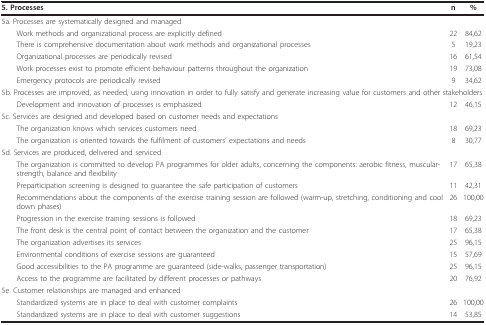
<table><thead><tr><td><b>5. Processes</b></td><td><b>n</b></td><td><b>%</b></td></tr></thead><tbody><tr><td>5a. Processes are systematically designed and managed</td><td></td><td></td></tr><tr><td> Work methods and organizational process are explicitly defined</td><td>22</td><td>84,62</td></tr><tr><td> There is comprehensive documentation about work methods and organizational processes</td><td>5</td><td>19,23</td></tr><tr><td> Organizational processes are periodically revised</td><td>16</td><td>61,54</td></tr><tr><td> Work processes exist to promote efficient behaviour patterns throughout the organization</td><td>19</td><td>73,08</td></tr><tr><td> Emergency protocols are periodically revised</td><td>9</td><td>34,62</td></tr><tr><td colspan="3">5b. Processes are improved, as needed, using innovation in order to fully satisfy and generate increasing value for customers and other stakeholders</td></tr><tr><td> Development and innovation of processes is emphasized</td><td>12</td><td>46,15</td></tr><tr><td>5c. Services are designed and developed based on customer needs and expectations</td><td></td><td></td></tr><tr><td> The organization knows which services customers need</td><td>18</td><td>69,23</td></tr><tr><td> The organization is oriented towards the fulfilment of customers&#x27; expectations and needs</td><td>8</td><td>30,77</td></tr><tr><td>5d. Services are produced, delivered and serviced</td><td></td><td></td></tr><tr><td> The organization is committed to develop PA programmes for older adults, concerning the components: aerobic fitness, muscular-strength, balance and flexibility</td><td>17</td><td>65,38</td></tr><tr><td> Preparticipation screening is designed to guarantee the safe participation of customers</td><td>11</td><td>42,31</td></tr><tr><td> Recommendations about the components of the exercise training session are followed (warm-up, stretching, conditioning and cool down phases)</td><td>26</td><td>100,00</td></tr><tr><td> Progression in the exercise training sessions is followed</td><td>18</td><td>69,23</td></tr><tr><td> The front desk is the central point of contact between the organization and the customer</td><td>17</td><td>65,38</td></tr><tr><td> The organization advertises its services</td><td>25</td><td>96,15</td></tr><tr><td> Environmental conditions of exercise sessions are guaranteed</td><td>15</td><td>57,69</td></tr><tr><td> Good accessibilities to the PA programme are guaranteed (side-walks, passenger transportation)</td><td>25</td><td>96,15</td></tr><tr><td> Access to the programme are facilitated by different processes or pathways</td><td>20</td><td>76,92</td></tr><tr><td>5e. Customer relationships are managed and enhanced</td><td></td><td></td></tr><tr><td> Standardized systems are in place to deal with customer complaints</td><td>26</td><td>100,00</td></tr><tr><td> Standardized systems are in place to deal with customer suggestions</td><td>14</td><td>53,85</td></tr></tbody></table>